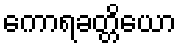
ကောရခတ္တိယော